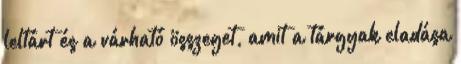
leltárt és a várható összeget, amit a tárgyak eladása